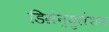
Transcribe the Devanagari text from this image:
डिग्रेन्युलेशन